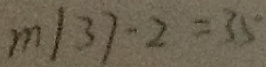
m / 3 7 - 2 = 3 5